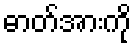
ဓာတ်အားကို